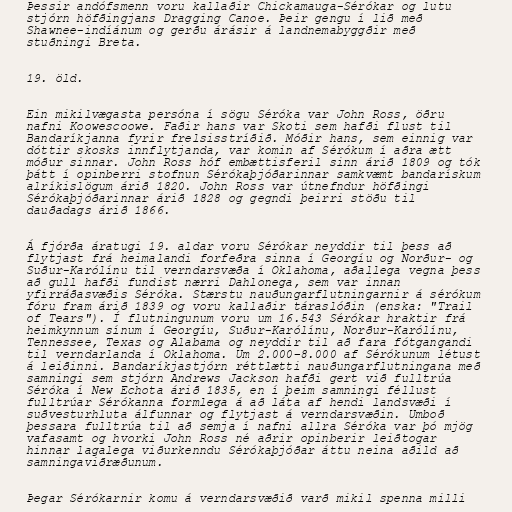
Þessir andófsmenn voru kallaðir Chickamauga-Sérókar og lutu
stjórn höfðingjans Dragging Canoe. Þeir gengu í lið með
Shawnee-indíánum og gerðu árásir á landnemabyggðir með
stuðningi Breta.

19. öld.

Ein mikilvægasta persóna í sögu Séróka var John Ross, öðru
nafni Koowescoowe. Faðir hans var Skoti sem hafði flust til
Bandaríkjanna fyrir frelsisstríðið. Móðir hans, sem einnig var
dóttir skosks innflytjanda, var komin af Sérókum í aðra ætt
móður sinnar. John Ross hóf embættisferil sinn árið 1809 og tók
þátt í opinberri stofnun Sérókaþjóðarinnar samkvæmt bandarískum
alríkislögum árið 1820. John Ross var útnefndur höfðingi
Sérókaþjóðarinnar árið 1828 og gegndi þeirri stöðu til
dauðadags árið 1866.

Á fjórða áratugi 19. aldar voru Sérókar neyddir til þess að
flytjast frá heimalandi forfeðra sinna í Georgíu og Norður- og
Suður-Karólínu til verndarsvæða í Oklahoma, aðallega vegna þess
að gull hafði fundist nærri Dahlonega, sem var innan
yfirráðasvæðis Séróka. Stærstu nauðungarflutningarnir á sérókum
fóru fram árið 1839 og voru kallaðir táraslóðin (enska: "Trail
of Tears"). Í flutningunum voru um 16.543 Sérókar hraktir frá
heimkynnum sínum í Georgíu, Suður-Karólínu, Norður-Karólínu,
Tennessee, Texas og Alabama og neyddir til að fara fótgangandi
til verndarlanda í Oklahoma. Um 2.000–8.000 af Sérókunum létust
á leiðinni. Bandaríkjastjórn réttlætti nauðungarflutningana með
samningi sem stjórn Andrews Jackson hafði gert við fulltrúa
Séróka í New Echota árið 1835, en í þeim samningi féllust
fulltrúar Sérókanna formlega á að láta af hendi landsvæði í
suðvesturhluta álfunnar og flytjast á verndarsvæðin. Umboð
þessara fulltrúa til að semja í nafni allra Séróka var þó mjög
vafasamt og hvorki John Ross né aðrir opinberir leiðtogar
hinnar lagalega viðurkenndu Sérókaþjóðar áttu neina aðild að
samningaviðræðunum.

Þegar Sérókarnir komu á verndarsvæðið varð mikil spenna milli